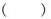
( )